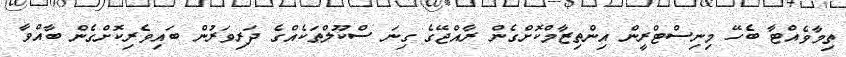
ތިމާވެއްޓާ ބެހޭ މިނިސްޓްރީން އިންތިޒާމްކޮށްގެން ރާއްޖޭގެ ގިނަ ސްކޫލްތަކެއްގެ ދަރިވަރުން ބައިވެރިކޮށްގެން ބާއްވާ